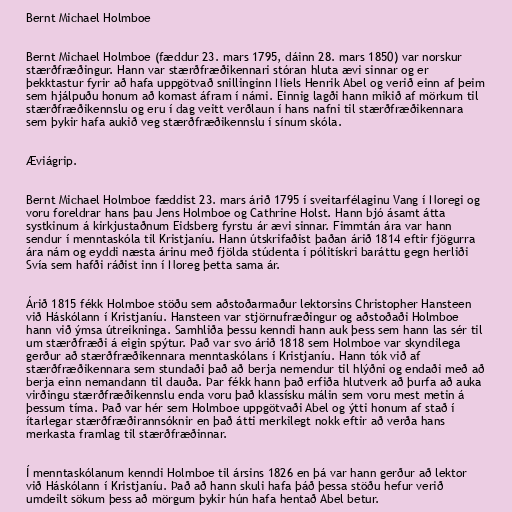
Bernt Michael Holmboe

Bernt Michael Holmboe (fæddur 23. mars 1795, dáinn 28. mars 1850) var norskur
stærðfræðingur. Hann var stærðfræðikennari stóran hluta ævi sinnar og er
þekktastur fyrir að hafa uppgötvað snillinginn Niels Henrik Abel og verið einn af þeim
sem hjálpuðu honum að komast áfram í námi. Einnig lagði hann mikið af mörkum til
stærðfræðikennslu og eru í dag veitt verðlaun í hans nafni til stærðfræðikennara
sem þykir hafa aukið veg stærðfræðikennslu í sínum skóla.

Æviágrip.

Bernt Michael Holmboe fæddist 23. mars árið 1795 í sveitarfélaginu Vang í Noregi og
voru foreldrar hans þau Jens Holmboe og Cathrine Holst. Hann bjó ásamt átta
systkinum á kirkjustaðnum Eidsberg fyrstu ár ævi sinnar. Fimmtán ára var hann
sendur í menntaskóla til Kristjaníu. Hann útskrifaðist þaðan árið 1814 eftir fjögurra
ára nám og eyddi næsta árinu með fjölda stúdenta í pólitískri baráttu gegn herliði
Svía sem hafði ráðist inn í Noreg þetta sama ár.

Árið 1815 fékk Holmboe stöðu sem aðstoðarmaður lektorsins Christopher Hansteen
við Háskólann í Kristjaníu. Hansteen var stjörnufræðingur og aðstoðaði Holmboe
hann við ýmsa útreikninga. Samhliða þessu kenndi hann auk þess sem hann las sér til
um stærðfræði á eigin spýtur. Það var svo árið 1818 sem Holmboe var skyndilega
gerður að stærðfræðikennara menntaskólans í Kristjaníu. Hann tók við af
stærðfræðikennara sem stundaði það að berja nemendur til hlýðni og endaði með að
berja einn nemandann til dauða. Þar fékk hann það erfiða hlutverk að þurfa að auka
virðingu stærðfræðikennslu enda voru það klassísku málin sem voru mest metin á
þessum tíma. Það var hér sem Holmboe uppgötvaði Abel og ýtti honum af stað í
ítarlegar stærðfræðirannsóknir en það átti merkilegt nokk eftir að verða hans
merkasta framlag til stærðfræðinnar.

Í menntaskólanum kenndi Holmboe til ársins 1826 en þá var hann gerður að lektor
við Háskólann í Kristjaníu. Það að hann skuli hafa þáð þessa stöðu hefur verið
umdeilt sökum þess að mörgum þykir hún hafa hentað Abel betur.